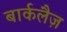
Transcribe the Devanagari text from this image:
बार्कलैज़